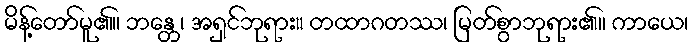
မိန့်တော်မူ၏။ ဘန္တေ၊ အရှင်ဘုရား။ တထာဂတဿ၊ မြတ်စွာဘုရား၏။ ကာယေ၊